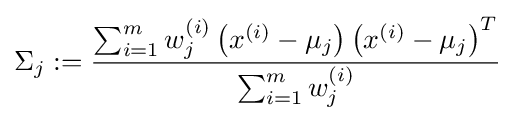
\Sigma _{j}:={\frac {\sum _{i=1}^{m}w_{j}^{(i)}\left(x^{(i)}-\mu _{j}\right)\left(x^{(i)}-\mu _{j}\right)^{T}}{\sum _{i=1}^{m}w_{j}^{(i)}}}